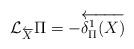
LaTeX: \begin{align*} \mathcal{L}_{\overleftarrow{X}} \Pi = -\overleftarrow{\delta^1_\Pi (X)}\end{align*}